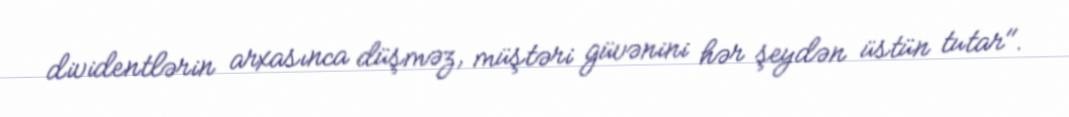
dividentlərin arxasınca düşməz, müştəri güvənini hər şeydən üstün tutar".